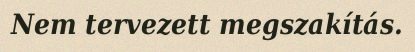
Nem tervezett megszakítás.